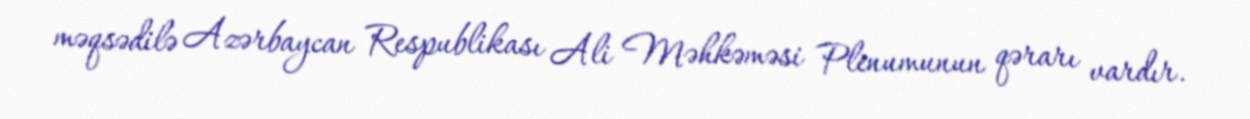
məqsədilə Azərbaycan Respublikası Ali Məhkəməsi Plenumunun qərarı vardır.